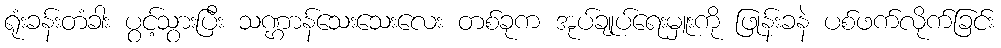
ရုံးခန်းတံခါး ပွင့်သွားပြီး သဏ္ဌာန်သေးသေးလေး တစ်ခုက အုပ်ချုပ်ရေးမှူးကို ဖြုန်းခနဲ ပစ်ဖက်လိုက်ခြင်း